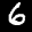
Label: 6